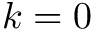
k = 0